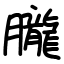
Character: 朧